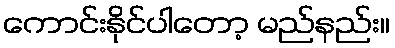
ကောင်းနိုင်ပါတော့ မည်နည်း။